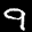
Label: 9